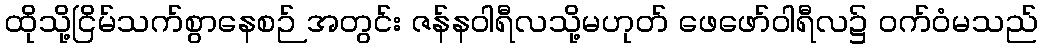
ထိုသို့ငြိမ်သက်စွာနေစဉ် အတွင်း ဇန်နဝါရီလသို့မဟုတ် ဖေဖော်ဝါရီလ၌ ဝက်ဝံမသည်